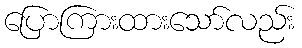
ပြောကြားထားသော်လည်း